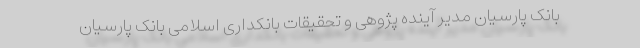
بانک پارسیان مدیر آینده پژوهی و تحقیقات بانکداری اسلامی بانک پارسیان